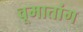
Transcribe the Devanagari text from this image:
वूमातांग